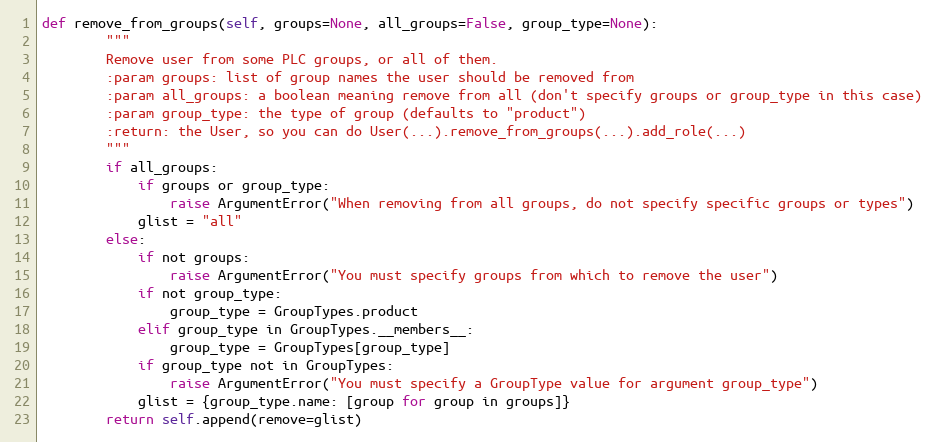
Language: Python
def remove_from_groups(self, groups=None, all_groups=False, group_type=None):
        """
        Remove user from some PLC groups, or all of them.
        :param groups: list of group names the user should be removed from
        :param all_groups: a boolean meaning remove from all (don't specify groups or group_type in this case)
        :param group_type: the type of group (defaults to "product")
        :return: the User, so you can do User(...).remove_from_groups(...).add_role(...)
        """
        if all_groups:
            if groups or group_type:
                raise ArgumentError("When removing from all groups, do not specify specific groups or types")
            glist = "all"
        else:
            if not groups:
                raise ArgumentError("You must specify groups from which to remove the user")
            if not group_type:
                group_type = GroupTypes.product
            elif group_type in GroupTypes.__members__:
                group_type = GroupTypes[group_type]
            if group_type not in GroupTypes:
                raise ArgumentError("You must specify a GroupType value for argument group_type")
            glist = {group_type.name: [group for group in groups]}
        return self.append(remove=glist)